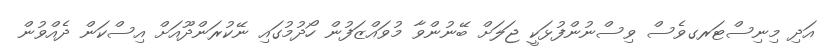
އަދި މިނިސްޓަރގވެސް ވިސްނުންފުޅަކީ ޖަލަށް ބޭނުންވާ މުވައްޒަފުން ހޯދުމުގައި ނޭކުރަންދޫއަށް އިސްކަން ދެއްވުން